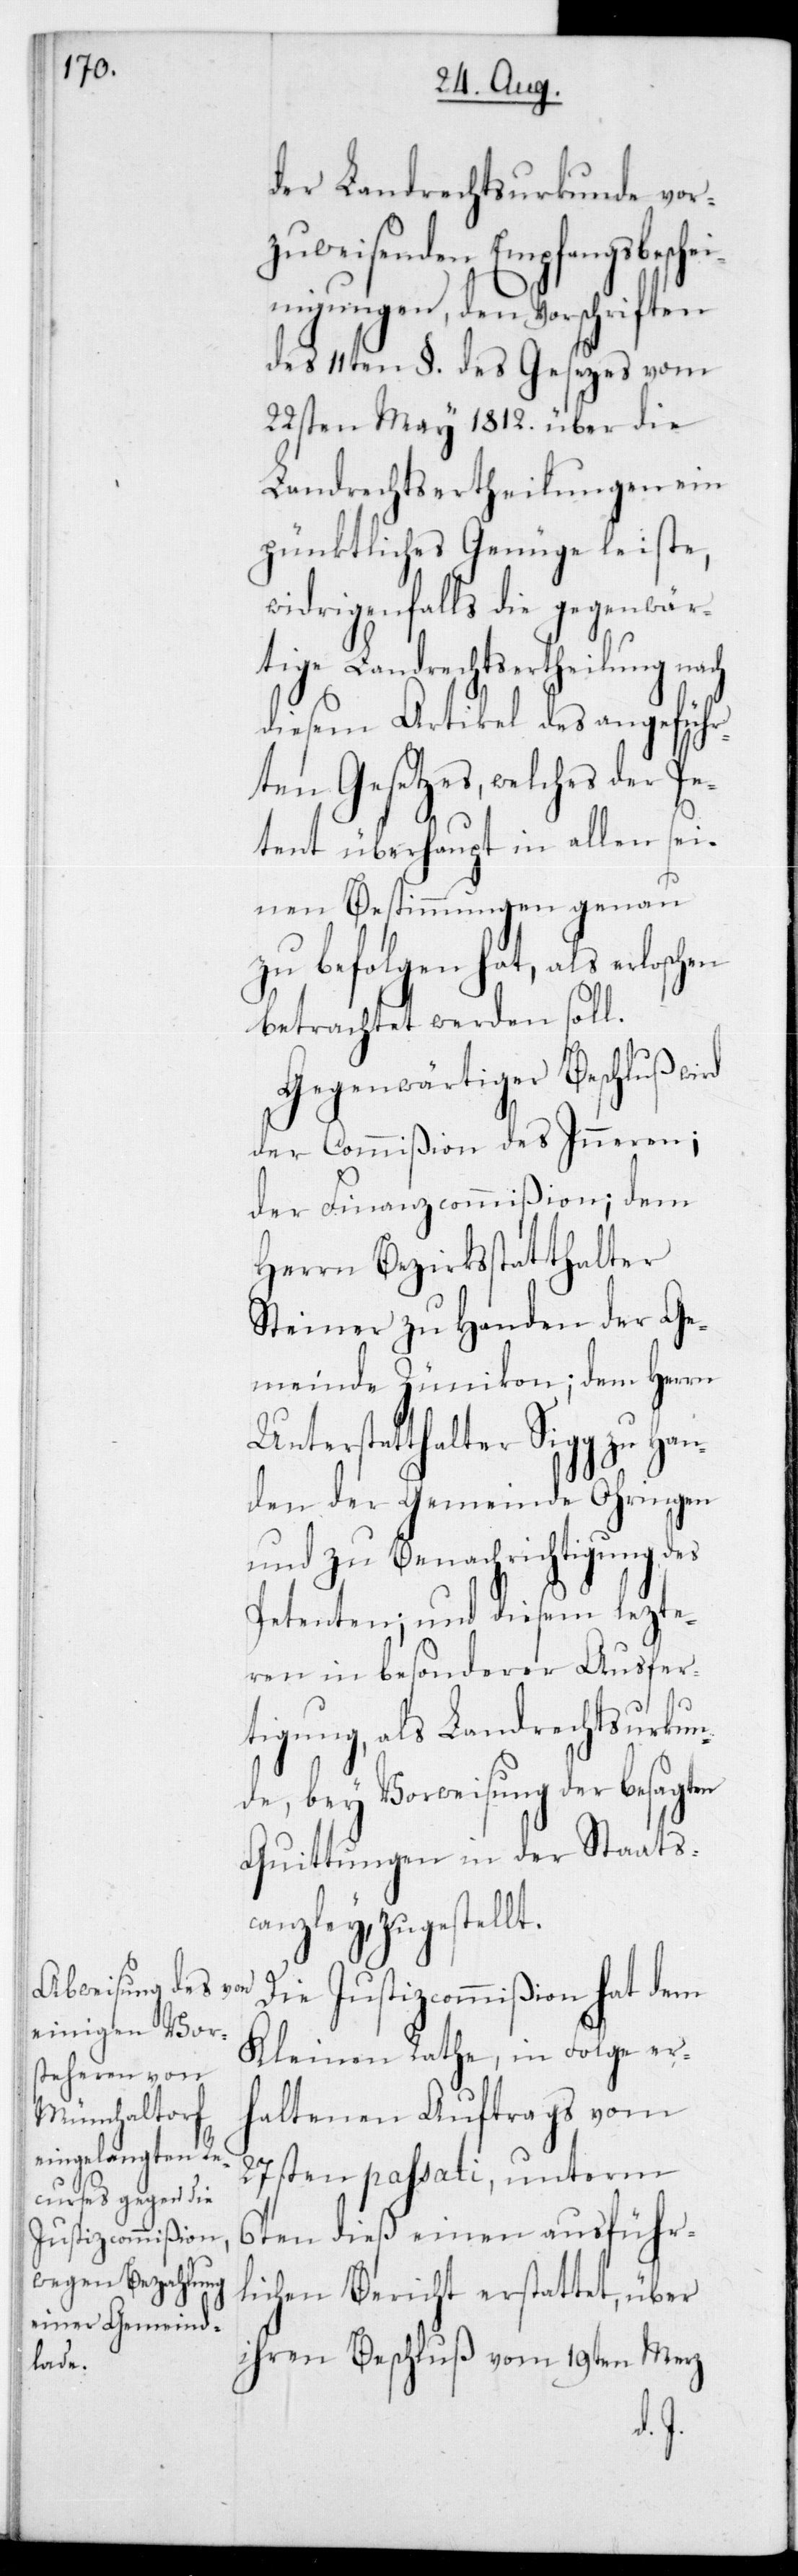
Justizcommißion

der Landrechtsurkunde vor¬
zuweisenden Empfangsbesch¬
einigungen, den Vorschriften
des 11ten § des Gesetzes vom
22sten May 1812 über die
Landrechtsertheilungen ein
pünktliches Genüge leiste,
widrigenfalls die gegenwär¬
tige Landrechtsertheilung nach
diesem Artikel des angeführ¬
ten Gesetzes, welches der Pe¬
tent überhaupt in allen sei¬
nen Bestimmungen genau
zu befolgen hat, als erloschen
betrachtet werden soll.
Gegenwärtiger Beschluß wird
der Commißion des Inneren,
der Finanzcommißion; dem
Herrn Bezirksstatthalter
Steiner zu Handen der Ge¬
meinde Zünikon; dem Herrn
Unterstatthalter Sigg zu Han¬
den der Gemeinde Ohringen
und zu Benachrichtigung des
Petenten; und diesem lezte¬
ren in besonderer Ausfer¬
tigung als Landrechtsurkun¬
de, bey Vorweisung der besagten
Quittungen in der Staats¬
canzley zugestellt.
Kleinen Rathe, in Folge er¬
haltenen Auftrags vom
27sten passati, unterm
6ten dieß einen ausführ¬
lichen Bericht erstattet, über
ihren Beschluß vom 19ten Merz
dem